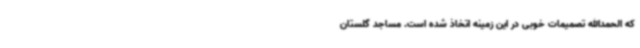
که الحمدالله تصمیمات خوبی در این زمینه اتخاذ شده است. مساجد گلستان